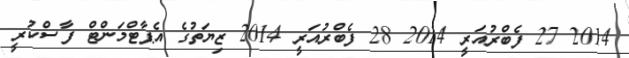
2014 27 ފެބްރުއަރީ 2014 28 ފެބްރުއަރީ 2014 ޒިޔަތުގެ އެޕާޓްމަންޓް ފާސްކުރީ